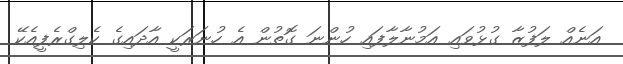
އަނެއް ލަފުޒާ ގުޅުވައި އަމުނާލާފައި ހުންނަ ގޮތުން އެ ހުނަރަކީ އާދައިގެ ކެލިގްރެފީއެކޭ